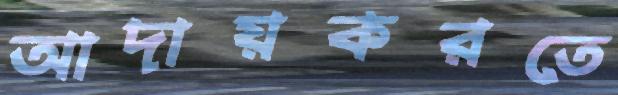
আদায়করতে